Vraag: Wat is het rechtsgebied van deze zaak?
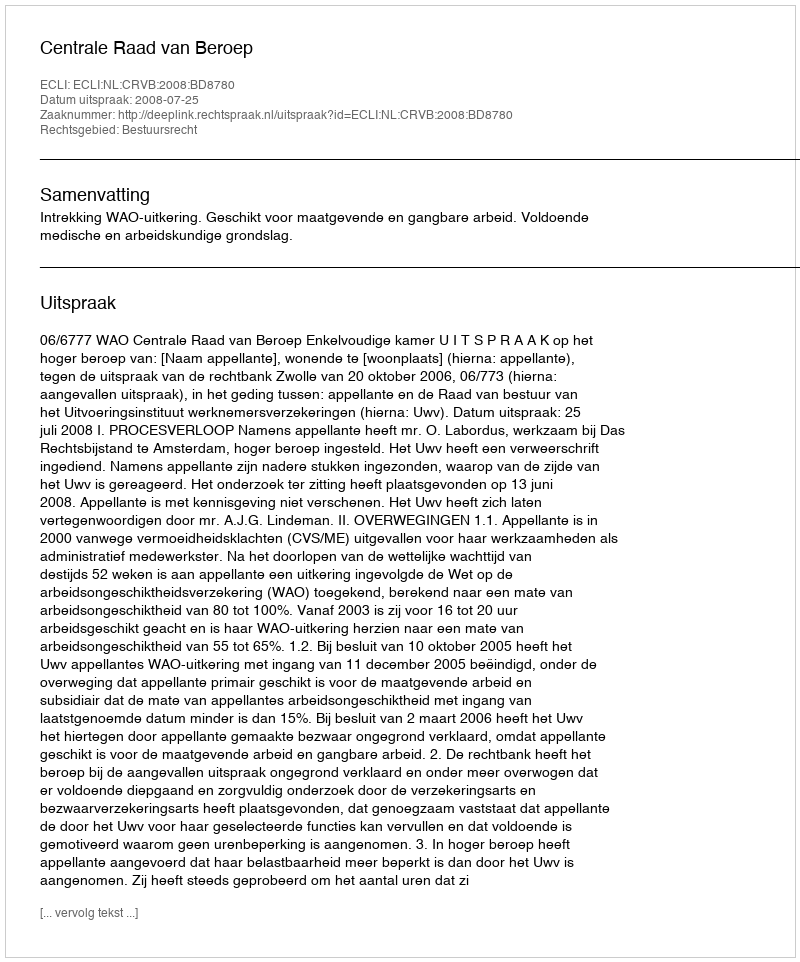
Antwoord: Bestuursrecht